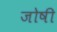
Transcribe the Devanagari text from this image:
जोषी